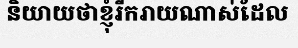
និយាយថាខ្ញុំរីករាយណាស់ដែល